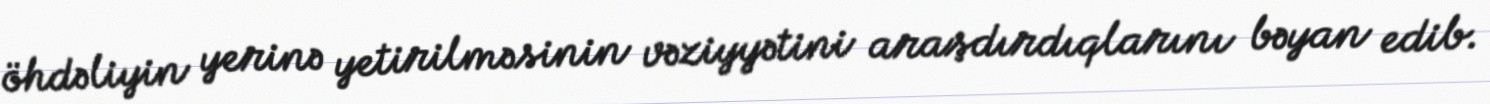
öhdəliyin yerinə yetirilməsinin vəziyyətini araşdırdıqlarını bəyan edib.